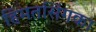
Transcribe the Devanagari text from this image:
हिमतसिंगका